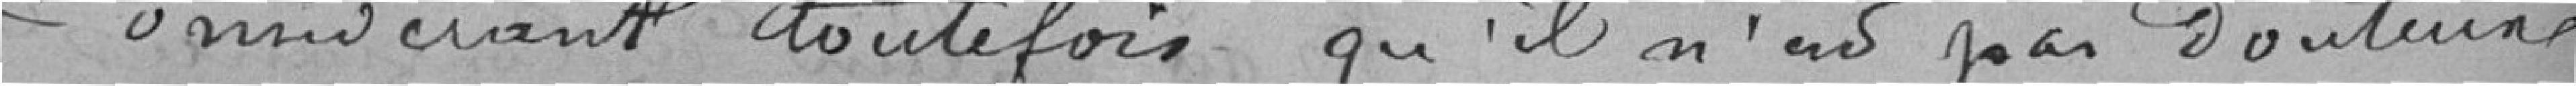
Considérant toutefois qu'il n'est pas douteux